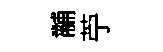
黼苧